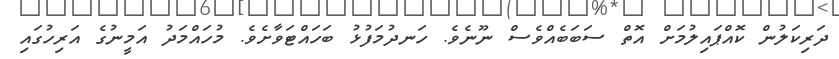
ދަރިކަލުން ކޮއްޕައިލުމަށް އޮތް ސަބަބެއްވެސް ނޫނެވެ. ހަނދުމަފުޅު ބަހައްޓަވާށެވެ. މުހައްމަދު އަމީނުގެ އަރިހުގައި